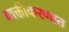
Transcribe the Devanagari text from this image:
व्यक्तीकरणात